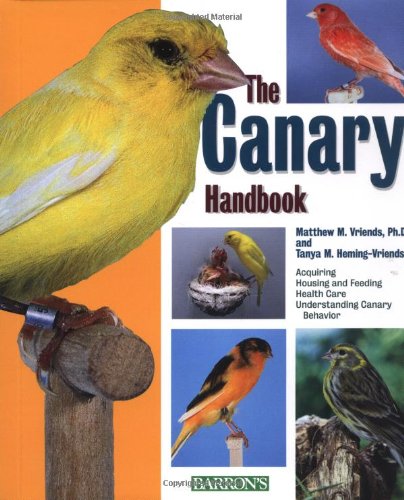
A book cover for The Canary Handbook; Matthew M. Vriends; Crafts, Hobbies & Home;